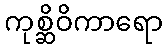
ကုစ္ဆိဝိကာရော